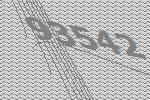
93542